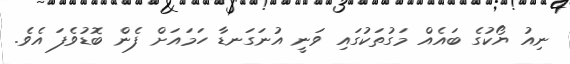
ނިއު ޔޯކުގެ ބައެއް މަގުތަކުގައި ވަނީ އުނަގަނޑާ ހަމައަށް ފެން ބޮޑުވެފަ އެވެ.